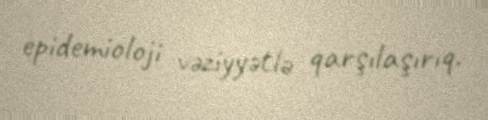
epidemioloji vəziyyətlə qarşılaşırıq.